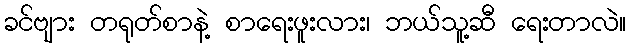
ခင်ဗျား တရုတ်စာနဲ့ စာရေးဖူးလား၊ ဘယ်သူ့ဆီ ရေးတာလဲ။